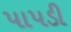
પાપડી